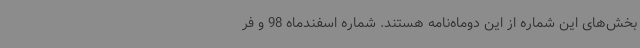
بخش‌های این شماره از این دوماه‌نامه هستند. شماره اسفندماه 98 و فر